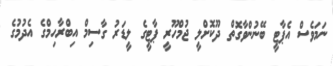
ނަމަވެސް އެޕާޓީ ބޭނުންވާގޮތް ދޫކޮށްލީ ޖުމްހޫރީ ޕާޓީގެ ލީޑަރު ގާސިމް އިބްރާހިމްގެ އެދުމުގެ